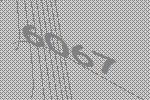
6067